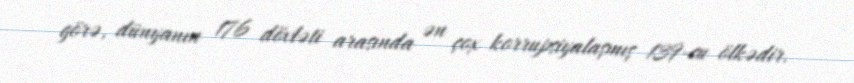
görə, dünyanın 176 dövləti arasında ən çox korrupsiyalaşmış 139-cu ölkədir.